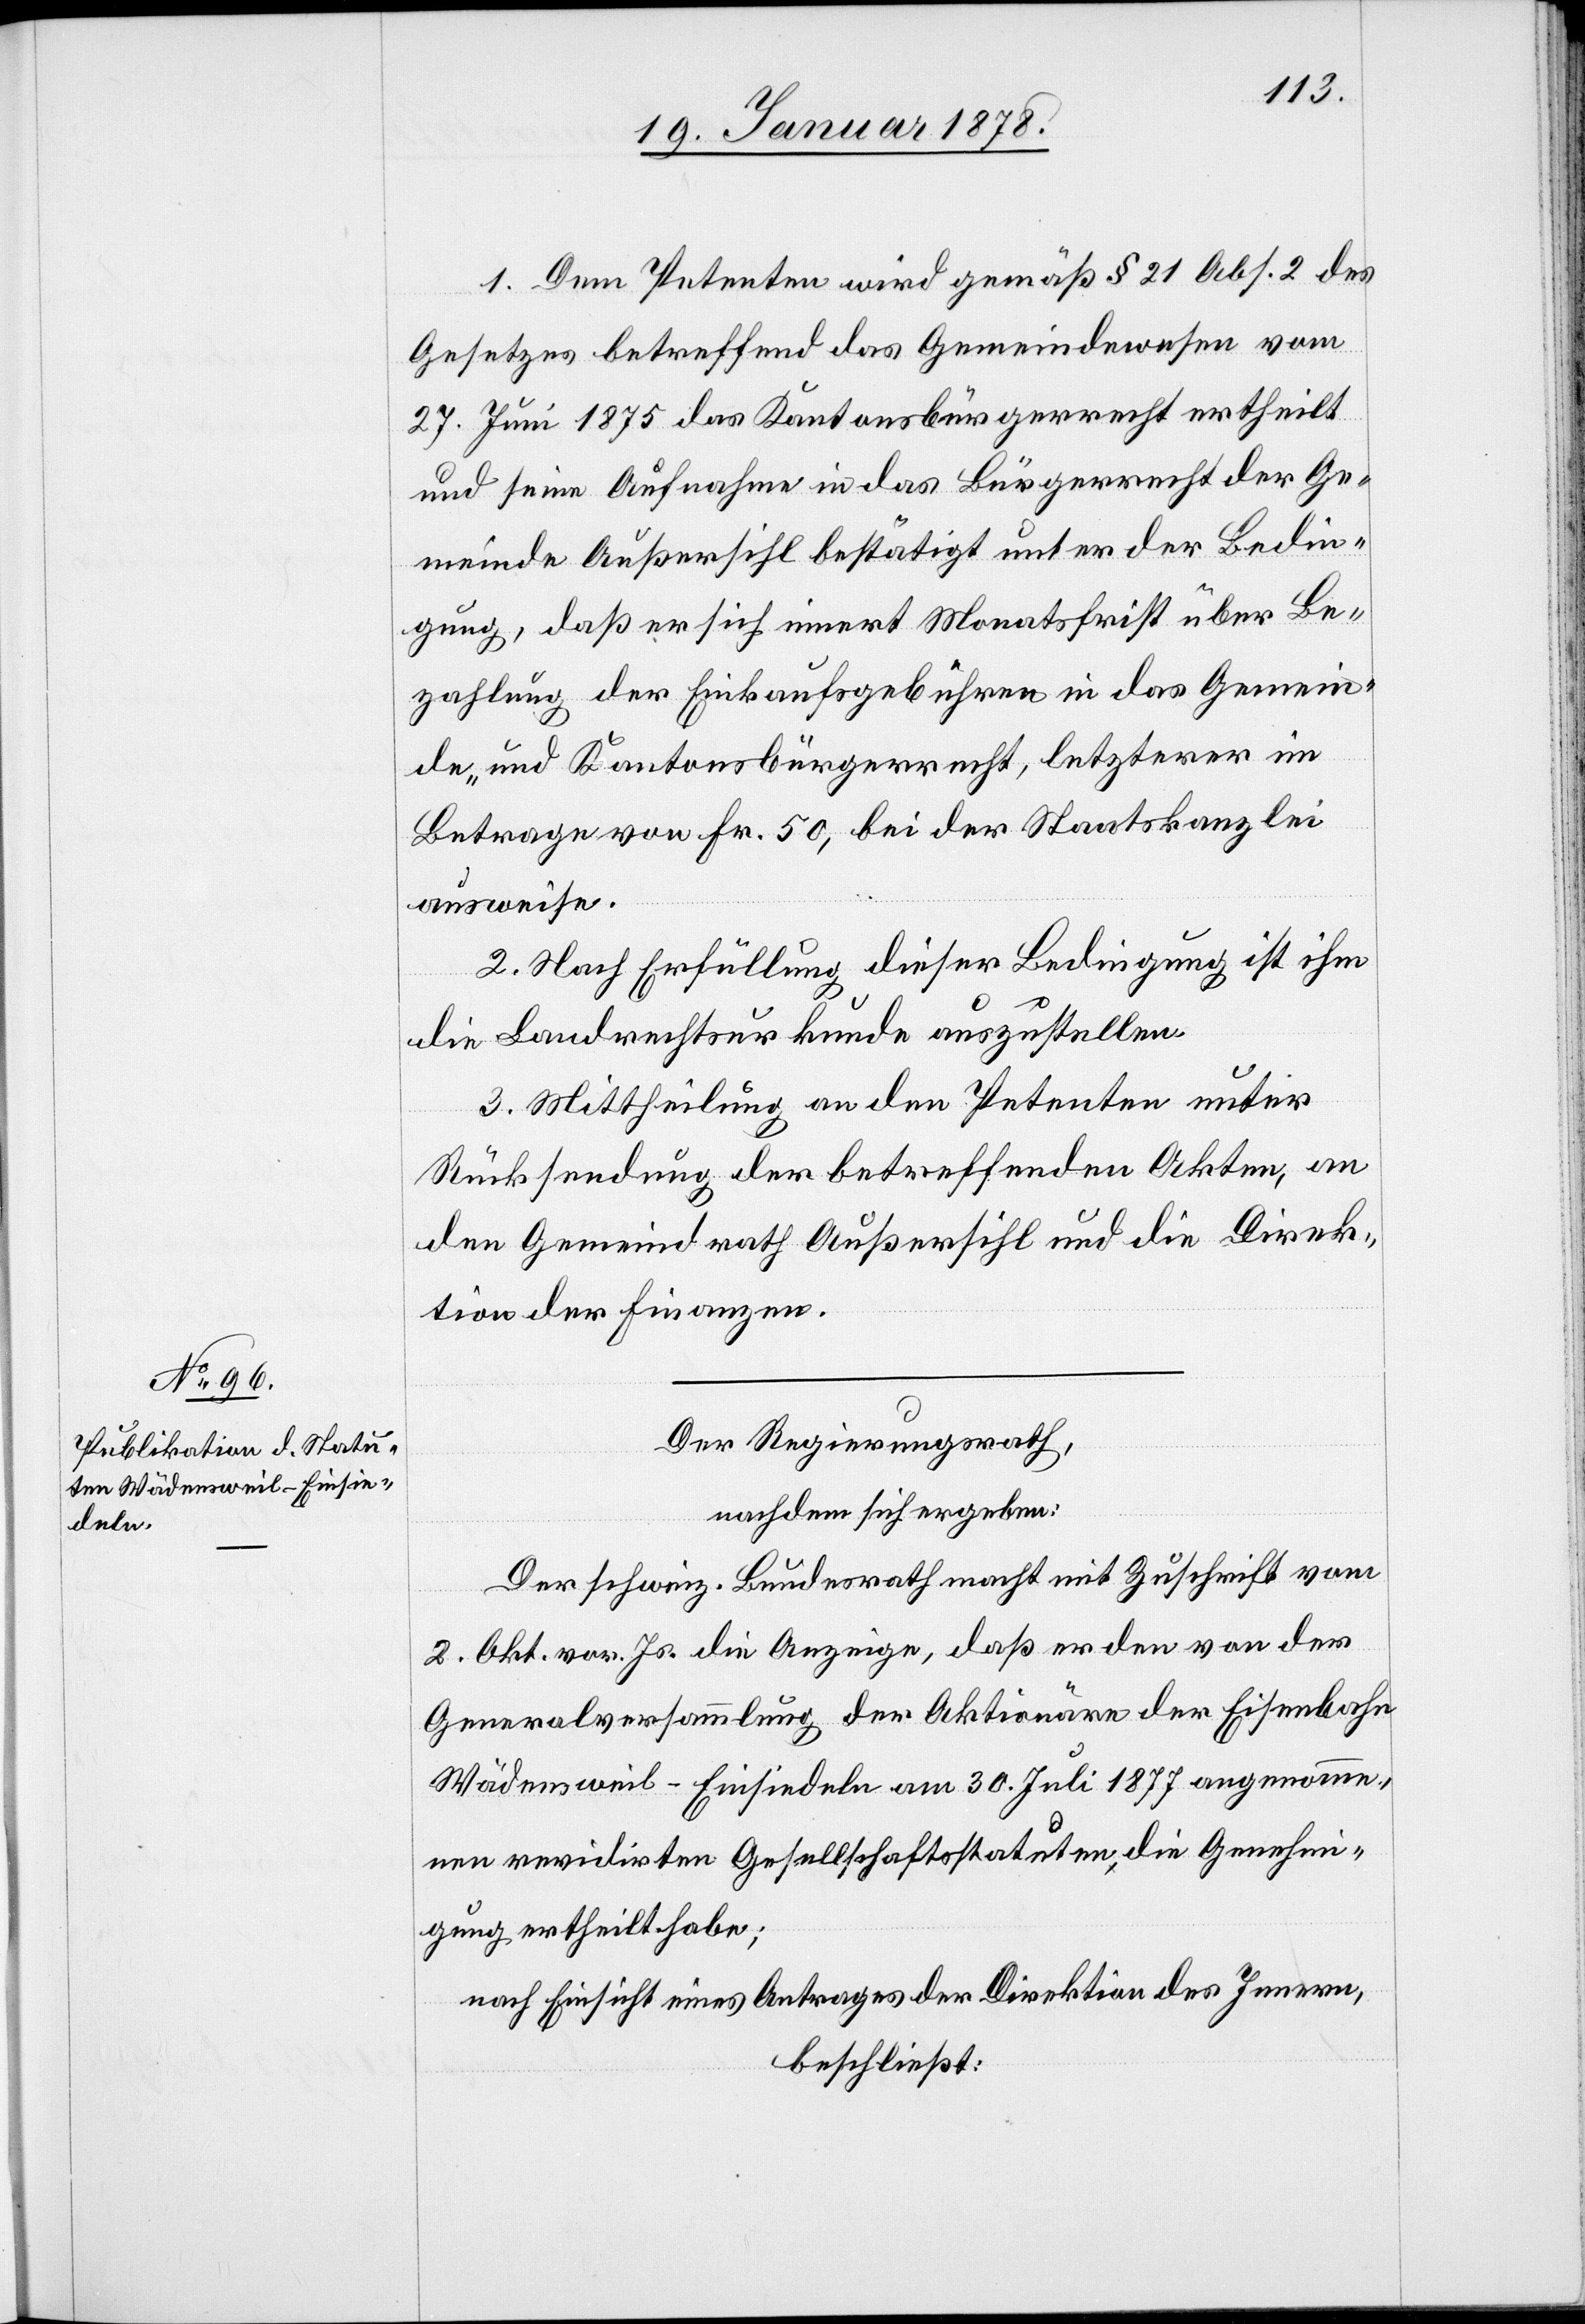
1. Dem Petenten wird gemäß § 21 Abs. 2 des
Gesetzes betreffend das Gemeindewesen vom
27. Juni 1875 das Kantonsbürgerrecht ertheilt
und seine Aufnahme in das Bürgerrecht der Ge¬
meinde Außersihl bestätigt unter der Bedin¬
gung, daß er sich innert Monatsfrist über Be¬
zahlung der Einkaufsgebühren in das Gemein¬
de- und Kantonsbürgerrecht, letzterer im
Betrage von Fr. 50, bei der Staatskanzlei
ausweise.
2. Nach Erfüllung dieser Bedingung ist ihm
die Landrechtsurkunde auszustellen.
3. Mittheilung an den Petenten unter
Rücksendung der betreffenden Akten, an
den Gemeindrath Außersihl und die Direk¬
tion der Finanzen.
Der Regierungsrath,
nachdem sich ergeben:
Der schweiz. Bundesrath macht mit Zuschrift vom
2. Okt. vor. Js. die Anzeige, daß er den von der
Generalversammlung der Aktionäre der Eisenbahn
Wädensweil–Einsiedeln am 30. Juli 1877 angenomme¬
n revidirten Gesellschaftsstatuten die Genehmi¬
gung ertheilt habe;
nach Einsicht eines Antrages der Direktion des Innern,
beschließt: